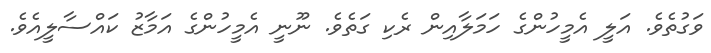
ވަގުތެވެ. އަލީ އެމީހުންގެ ހަމަލާއިން ރެކި ގަތެވެ. ނޫނީ އެމީހުންގެ އަމާޒު ކައްސާލީއެވެ.